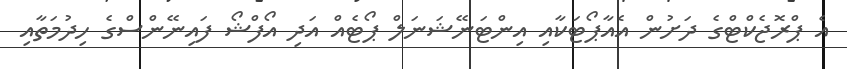
އެ ޕްރޮޖެކްޓްގެ ދަށުން އެއާޕޯޓަކާއި އިންޓަނޭޝަނަލް ޕޯޓެއް އަދި އޯފްޝޯ ފައިނޭންސްގެ ހިދުމަތާއި